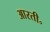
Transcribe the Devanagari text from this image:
आरती॰